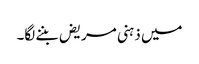
میں ذہنی مریض بننے لگا۔